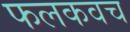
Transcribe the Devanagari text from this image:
फलकवच